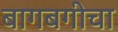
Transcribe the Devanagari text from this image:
बागबगीचा